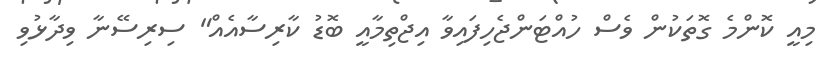
މިއީ ކޮންމެ ގޮތަކުން ވެސް ހުއްޓަންޖެހިފައިވާ އިޖްތިމާއީ ބޮޑު ކާރިސާއެއް" ސިރިސޭނާ ވިދާޅުވި